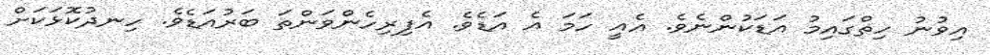
އިވުނު ހިތްގައިމު އަޑަކުންނެވެ. އެއީ ހަމަ އެ އަޑެވެ. އެފިރިހެންވަންތަ ބަރުއަޑެވެ. ހިނދުކޮޅަކަށް